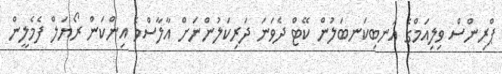
ޕްރިންސް ވިލިއަމްގެ އަނބިކަނބަލުން ކޭޓް ދެވަނަ ދަރިކަލުންނަށް އާލާސްވެ އިންކަން ރޯޔަލް ފެމެލީން